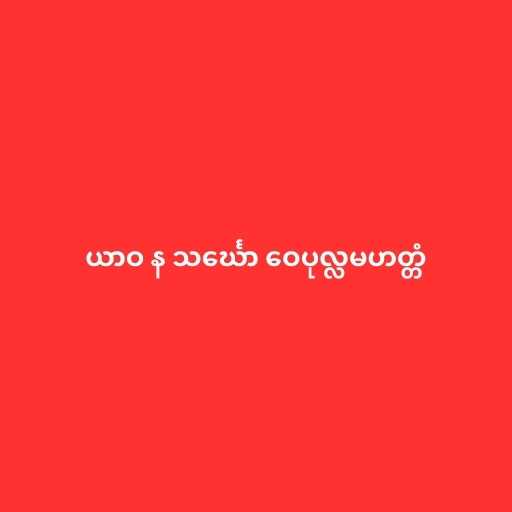
ယာဝ န သင်္ဃော ဝေပုလ္လမဟတ္တံ